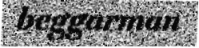
beggarman